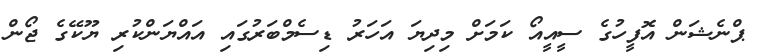
ޕްނެޝަން އޮފީހުގެ ސީއީއޯ ކަމަށް މިދިޔަ އަހަރު ޑިސެމްބަރުގައި އައްޔަންކުރި ޔޫކޭގެ ޖޯން